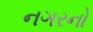
નગરનો